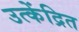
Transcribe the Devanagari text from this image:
उत्केंद्रित